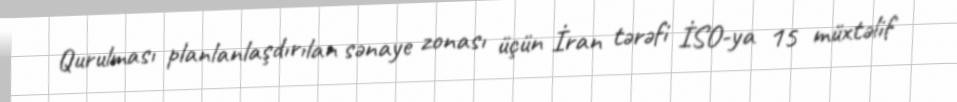
Qurulması planlanlaşdırılan sənaye zonası üçün İran tərəfi İSO-ya 15 müxtəlif